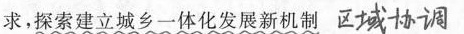
求，探索建立城乡一体化发展新机制 区域协调